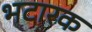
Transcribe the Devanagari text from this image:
भटारक